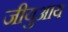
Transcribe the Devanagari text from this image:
जीयुआय